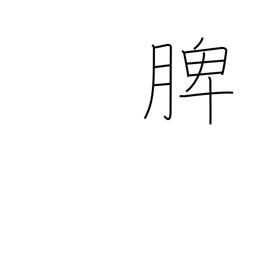
Meaning: spleen